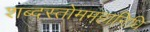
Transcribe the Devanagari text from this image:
शब्दस्तोममहानिधि